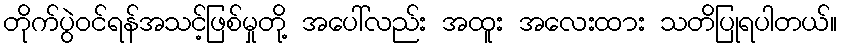
တိုက်ပွဲဝင်ရန်အသင့်ဖြစ်မှုတို့ အပေါ်လည်း အထူး အလေးထား သတိပြုရပါတယ်။